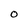
Character: O